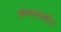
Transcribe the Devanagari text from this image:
आयरनसाईड